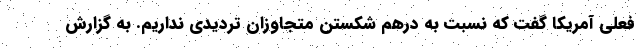
فعلی آمریکا گفت که نسبت به درهم شکستن متجاوزان تردیدی نداریم. به گزارش